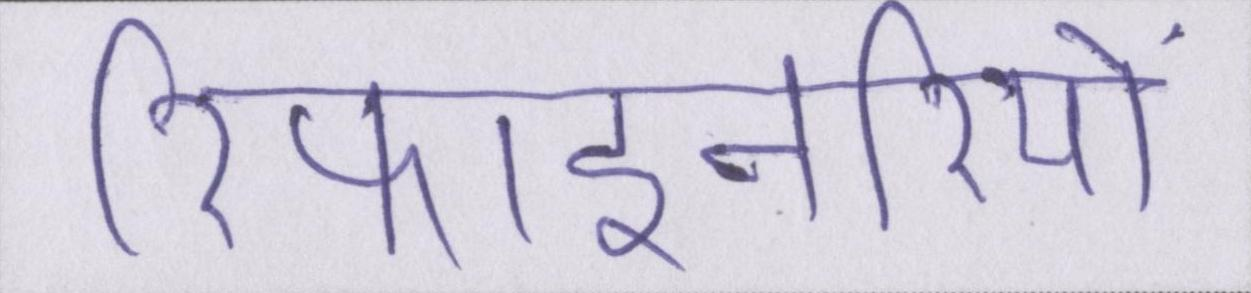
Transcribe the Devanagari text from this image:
रिफाइनरियों